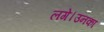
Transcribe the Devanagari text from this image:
लगे।उनका